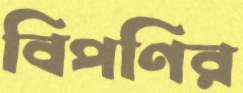
বিপণির